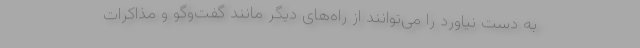
به دست نیاورد را می‌توانند از راه‌های دیگر مانند گفت‌وگو و مذاکرات